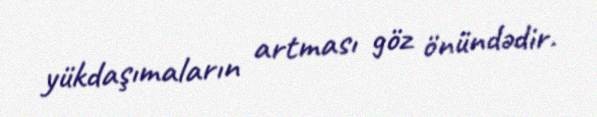
yükdaşımaların artması göz önündədir.